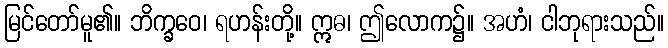
မြင်တော်မူ၏။ ဘိက္ခဝေ၊ ရဟန်းတို့။ ဣဓ၊ ဤလောက၌။ အဟံ၊ ငါဘုရားသည်။